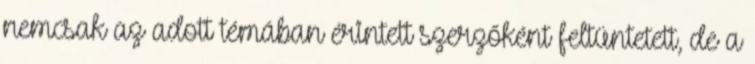
nemcsak az adott témában érintett szerzőként feltüntetett, de a